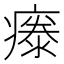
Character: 𤹤